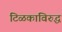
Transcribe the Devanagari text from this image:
टिळकांविरुद्ध